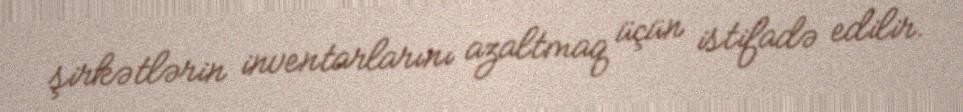
şirkətlərin inventarlarını azaltmaq üçün istifadə edilir.